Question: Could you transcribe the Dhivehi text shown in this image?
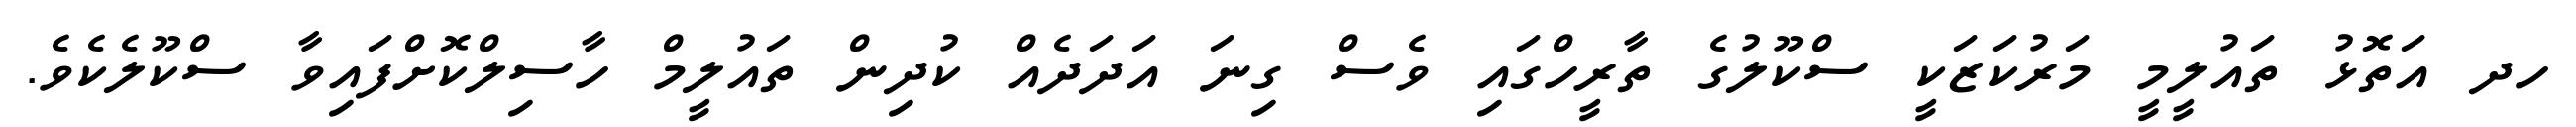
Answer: ހދ އަތޮޅު ތައުލީމީ މަރުކަޒަކީ ސްކޫލުގެ ތާރީހްގައި ވެސް ގިނަ އަދަދެއް ކުދިން ތައުލީމް ހާސިލްކޮށްފައިވާ ސްކޫލެކެވެ.